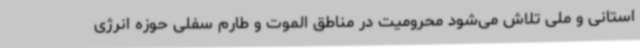
استانی و ملی تلاش می‌شود محرومیت در مناطق الموت و طارم سفلی حوزه انرژی